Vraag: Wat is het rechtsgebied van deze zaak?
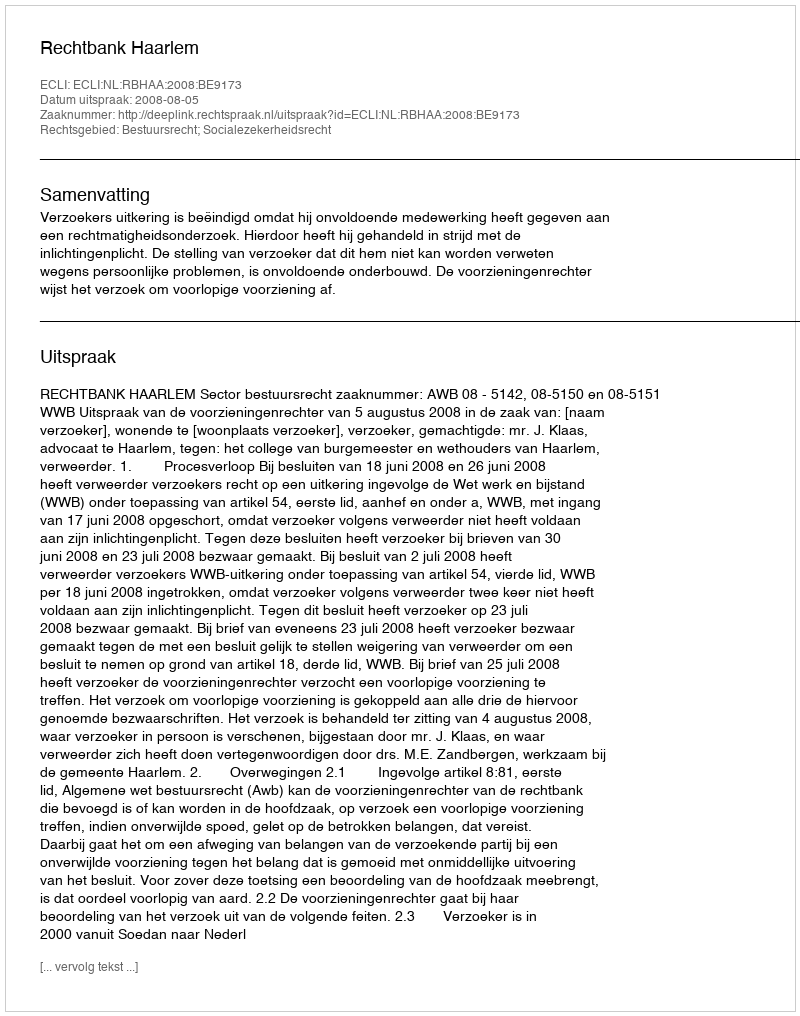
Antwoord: Bestuursrecht; Socialezekerheidsrecht